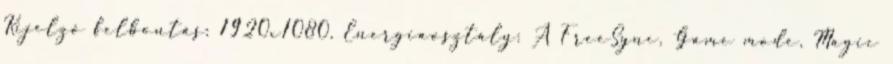
Kijelző felbontás: 1920x1080, Energiaosztály: A FreeSync, Game mode, Magic